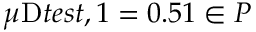
\mu _ { Ḋ } \mathrm { Ḋ } t e s t Ḍ , 1 Ḍ = 0 . 5 1 \in \mathcal Ḋ P Ḍ